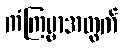
ကံကြမ္မာအတွက်